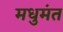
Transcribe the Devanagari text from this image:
मधुमंत